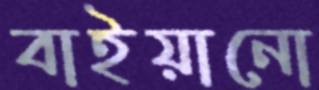
বাইয়ানো